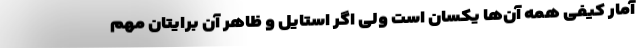
آمار کیفی همه آن‌ها یکسان است ولی اگر استایل و ظاهر آن برایتان مهم